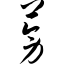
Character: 蒡